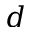
d